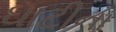
ઘાટીના